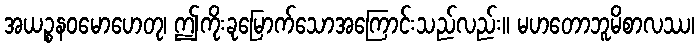
အယဉ္စနဝမောဟေတု၊ ဤကိုးခုမြောက်သောအကြောင်းသည်လည်း။ မဟတောဘူမိစာလဿ၊